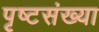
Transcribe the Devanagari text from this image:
पृष्टसंख्या